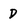
Character: D